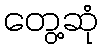
တွေ့ဆုံ